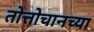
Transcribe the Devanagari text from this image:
तोत्तोचानच्या